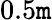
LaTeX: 0.5\mathtt{m}